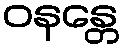
ဝနန္တေ